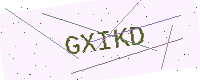
Text: GXIKD